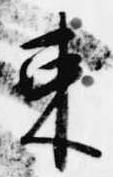
束